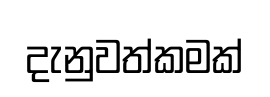
දැනුවත්කමක්